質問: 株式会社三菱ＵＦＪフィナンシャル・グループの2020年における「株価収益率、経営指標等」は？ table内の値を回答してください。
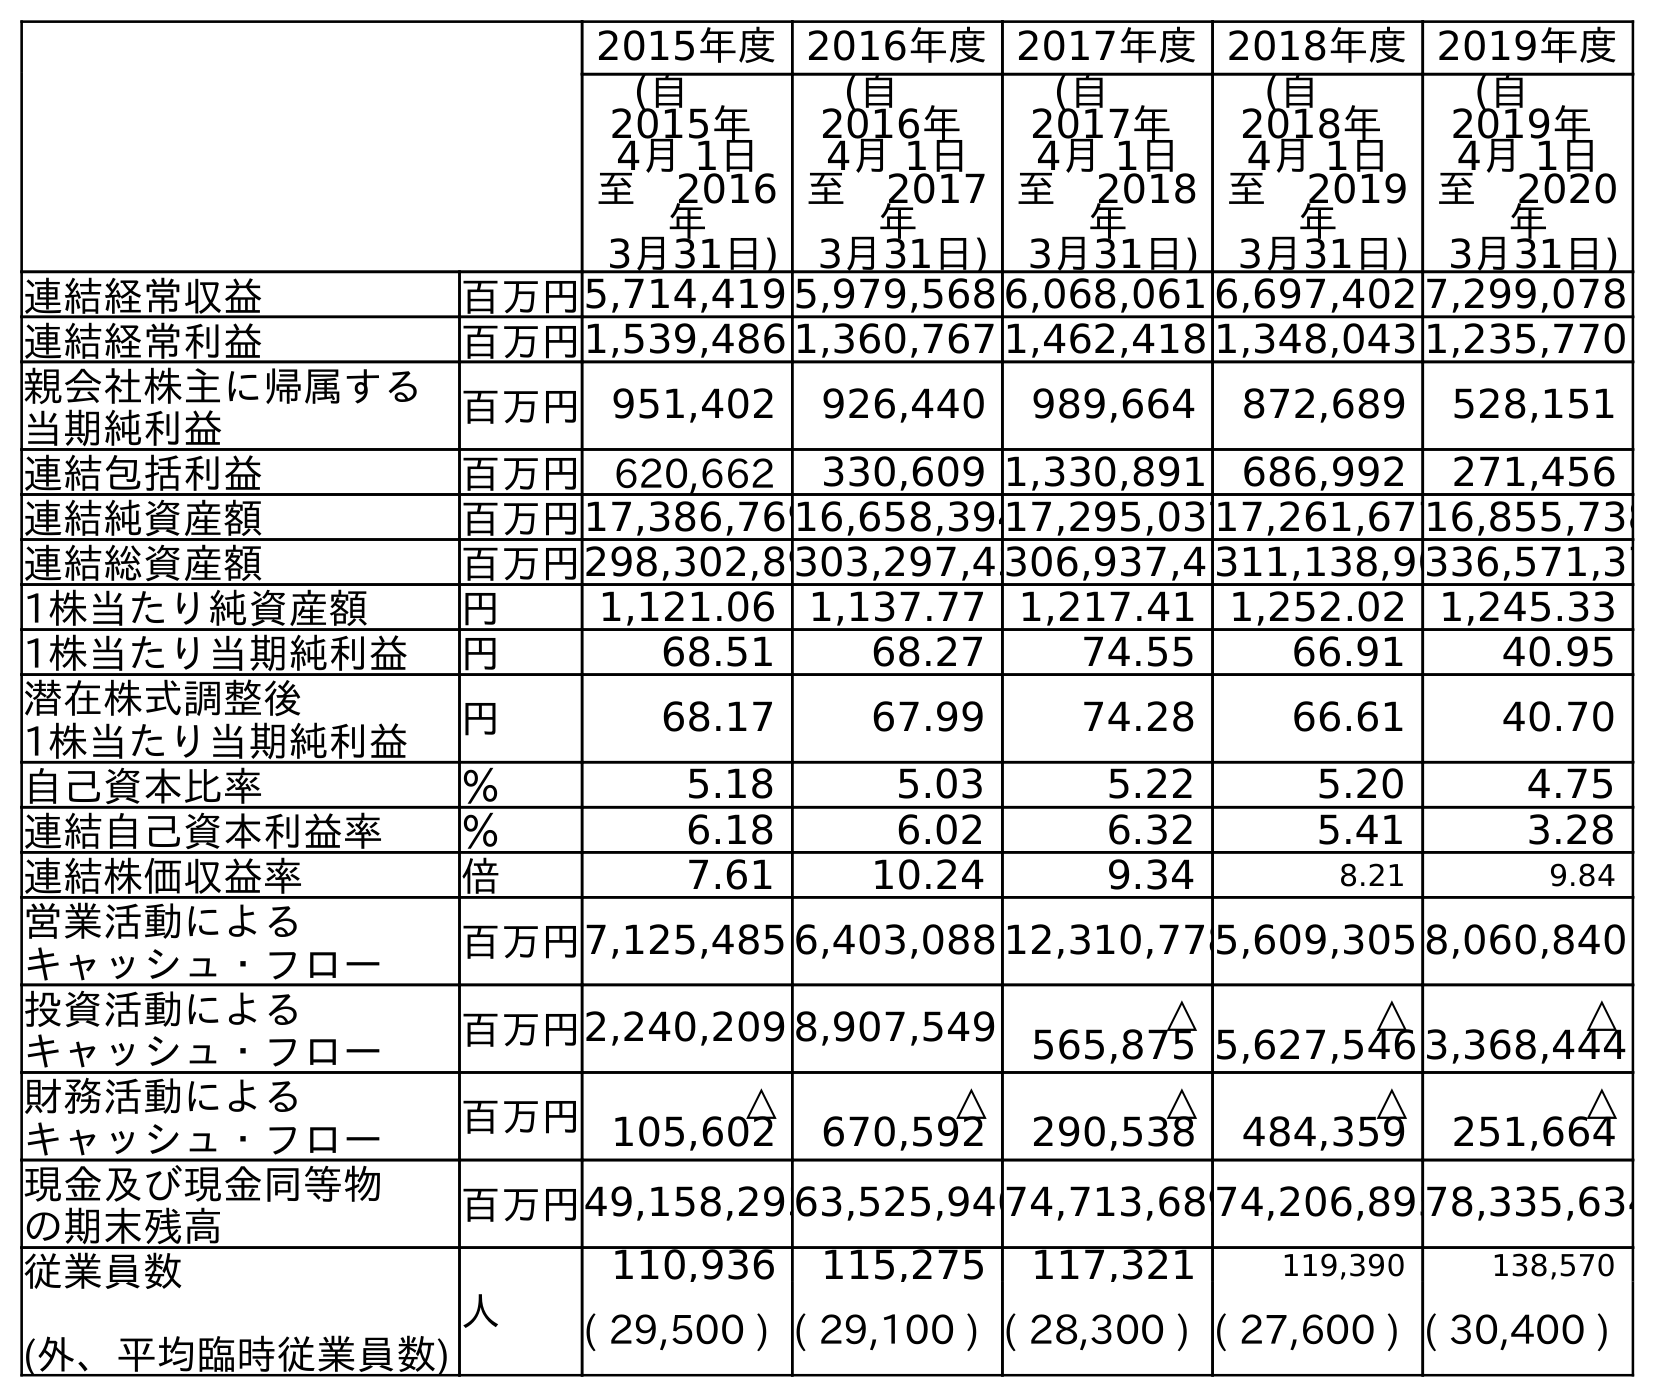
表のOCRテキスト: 2015年度2016年度2017年度2018年度2019年度 (自  2015年 4月 1日 至 2016 年 3月31日) (自  2016年 4月 1日 至 2017 年 3月31日) (自  2017年 4月 1日 至 2018 年 3月31日) (自  2018年 4月 1日 至 2019 年 3月31日) (自  2019年 4月 1日 至 2020 年 3月31日) 連結経常収益 百万円5,714,419 5,979,568 6,068,061 6,697,402 7,299,078 連結経常利益 百万円1,539,486 1,360,767 1,462,418 1,348,043 1,235,770 親会社株主に帰属する 当期純利益 百万円951,402 926,440 989,664 872,689 528,151 連結包括利益 百万円 620,662 330,609 1,330,891 686,992 271,456 連結純資産額 百万円17,386,76916,658,39417,295,03717,261,67716,855,738 連結総資産額 百万円298,302,89303,297,43306,937,4 311,138,90336,571,37 1株当たり純資産額 円 1,121.06 1,137.77 1,217.41 1,252.02 1,245.33 1株当たり当期純利益 円 68.51 68.27 74.55 66.91 40.95 潜在株式調整後 1株当たり当期純利益 円 68.17 67.99 74.28 66.61 40.70 自己資本比率 ％ 5.18 5.03 5.22 5.20 4.75 連結自己資本利益率 ％ 6.18 6.02 6.32 5.41 3.28 連結株価収益率 倍 7.61 10.24 9.34 8.21 9.84 営業活動による キャッシュ・フロー 百万円7,125,485 6,403,088 12,310,7785,609,305 8,060,840 投資活動による キャッシュ・フロー 百万円2,240,209 8,907,549 △ 565,875 △ 5,627,546 △ 3,368,444 財務活動による キャッシュ・フロー 百万円 △ 105,602 △ 670,592 △ 290,538 △ 484,359 △ 251,664 現金及び現金同等物 の期末残高 百万円49,158,29363,525,94074,713,68974,206,89578,335,634 従業員数 (外、平均臨時従業員数) 人 110,936 115,275 117,321 119,390 138,570 ( 29,500 ) ( 29,100 ) ( 28,300 ) ( 27,600 ) ( 30,400 )
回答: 9.84